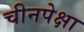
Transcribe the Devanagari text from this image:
चीनपेक्षा